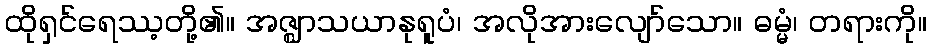
ထိုရှင်ရေဿ့တို့၏။ အဇ္ဈာသယာနုရူပံ၊ အလိုအားလျော်သော။ ဓမ္မံ၊ တရားကို။